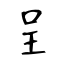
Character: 呈